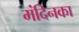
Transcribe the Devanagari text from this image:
मंदिनका